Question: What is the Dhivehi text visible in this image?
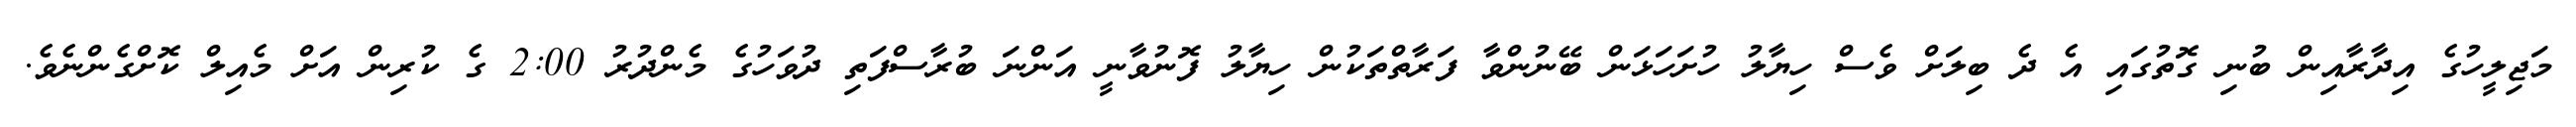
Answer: މަޖިލީހުގެ އިދާރާއިން ބުނި ގޮތުގައި އެ ދެ ބިލަށް ވެސް ހިޔާލު ހުށަހަޅަން ބޭނުންވާ ފަރާތްތަކުން ހިޔާލު ފޮނުވާނީ އަންނަ ބުރާސްފަތި ދުވަހުގެ މެންދުރު 2:00 ގެ ކުރިން އަށް މެއިލް ކޮށްގެންނެވެ.